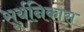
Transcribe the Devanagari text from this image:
सूर्यनिकास